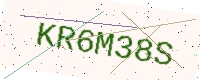
Text: KR6M38S